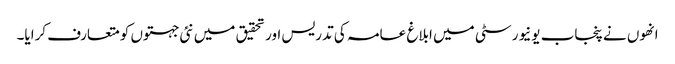
انھوں نے پنجاب یونیورسٹی میں ابلاغ عامہ کی تدریس اور تحقیق میں نئی جہتوں کو متعارف کرایا۔